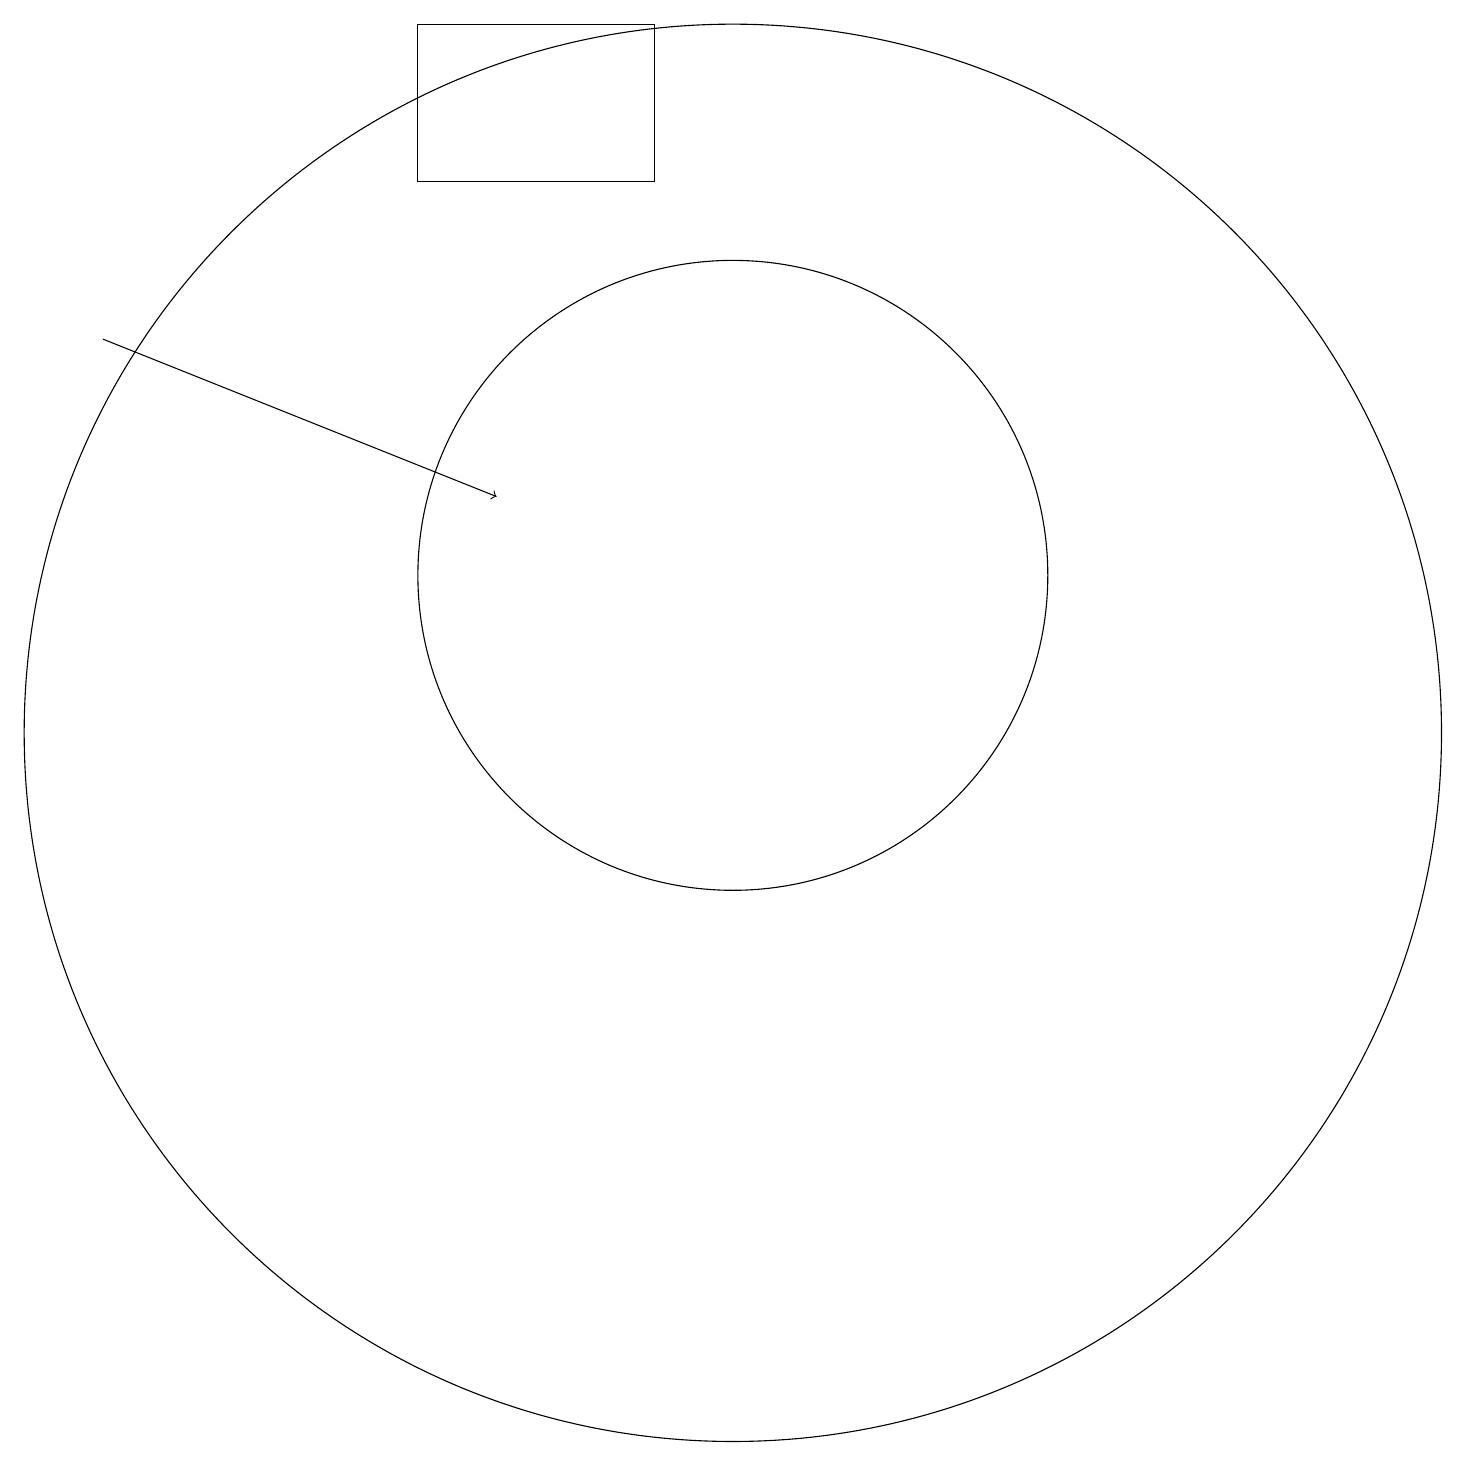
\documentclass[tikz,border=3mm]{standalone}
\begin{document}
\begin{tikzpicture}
\draw (6,19) rectangle (9,17);
\draw[->] (2,15) -- (7,13);
\draw (10,12) circle (4);
\draw (10,10) circle (9);
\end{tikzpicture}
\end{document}